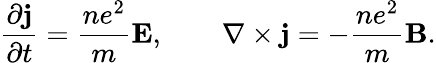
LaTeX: {\frac{\partial\mathbf{j}}{\partial t}}={\frac{ne^{2}}{m}}\mathbf{E},\qquad\mathbf{\nabla}\times\mathbf{j}=-{\frac{ne^{2}}{m}}\mathbf{B}.